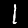
Digit: 1